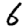
Digit: 6